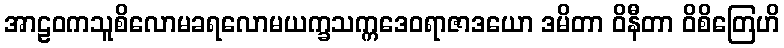
အာဠဝကသူစိလောမခရလောမယက္ခသက္ကဒေဝရာဇာဒယော ဒမိတာ ဝိနီတာ ဝိစိတြေဟိ